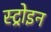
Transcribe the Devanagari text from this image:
स्ट्रोइन